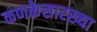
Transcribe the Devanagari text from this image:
कणकेसारख्या